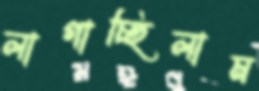
লাগাচ্ছিলাম